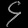
Digit: ၄